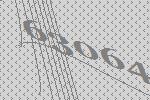
63064